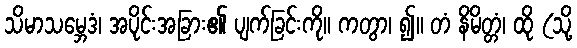
သိမာသမ္ဘေဒံ၊ အပိုင်းအခြား၏ ပျက်ခြင်းကို။ ကတွာ၊ ၍။ တံ နိမိတ္တံ၊ ထို (သို့